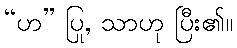
“ဟ” ပြု, သာဟု ပြီး၏။